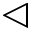
\triangleleft